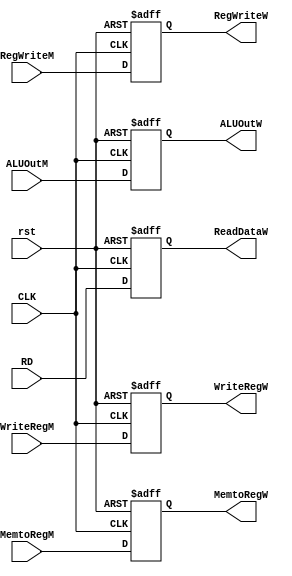
module REG_WB(
input [31:0] RD,ALUOutM,
input RegWriteM,MemtoRegM,
input [4:0] WriteRegM,
input CLK,rst,
output reg RegWriteW,MemtoRegW,
output reg [31:0] ALUOutW,ReadDataW,
output reg [4:0] WriteRegW 
);
always @(posedge CLK or negedge rst) begin
    if (!rst) begin
RegWriteW<=0;
MemtoRegW<=0;
ALUOutW<=0;
ReadDataW<=0;
WriteRegW<=0;  
end
else
begin
RegWriteW<=RegWriteM;
MemtoRegW<=MemtoRegM;
ALUOutW<=ALUOutM;
ReadDataW<=RD;
WriteRegW<=WriteRegM;
end 
end
endmodule